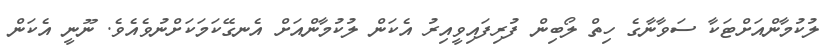
ލުކުމާންއަށްޓަކާ ސަވާނާގެ ހިތް ލޯބިން ފުރިފައިވީއިރު އެކަން ލުކުމާންއަށް އެނގޭކަމަކަށްނުވެއެވެ. ނޫނީ އެކަން